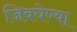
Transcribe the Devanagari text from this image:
जिवघेण्या